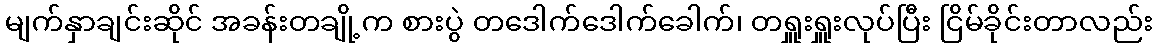
မျက်နှာချင်းဆိုင် အခန်းတချို့က စားပွဲ တဒေါက်ဒေါက်ခေါက်၊ တရှူးရှူးလုပ်ပြီး ငြိမ်ခိုင်းတာလည်း